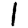
Digit: 1